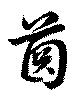
齒